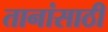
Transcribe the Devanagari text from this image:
तानांसाठी